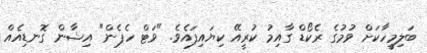
ބަލިމީހާކަށް ވުމުގެ ރެކޯޑް ގާއިމު ކުރީއޭ ކިޔައިފައެވެ. "ވަޓް ހެޕެން" އިޝާން ގޮނޑިއެއް